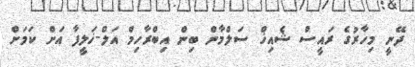
ދޭނީ މިހާރުގެ ރައީސް ޝެއިޚް ސަލްމާން ބިން އިބްރާހިމް އަލް-ޚަލީފާ އަށް ކަމަށް